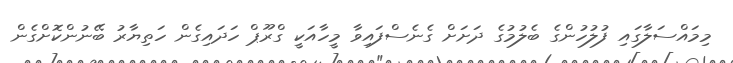
މިމައްސަލާގައި ފުލުހުންގެ ބެލުމުގެ ދަށަށް ގެނެސްފައިވާ މީހާއަކީ ގްރޫޕް ހަދައިގެން ހަތިޔާރު ބޭނުންކޮށްގެން